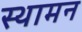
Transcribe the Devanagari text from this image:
स्थामन